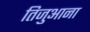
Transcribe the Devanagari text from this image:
तिजुआना